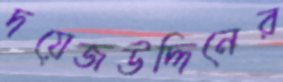
দয়েজউদ্দিনের